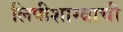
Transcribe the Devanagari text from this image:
लिपीशास्त्राची